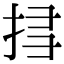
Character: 𢬞